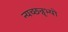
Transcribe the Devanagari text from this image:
न्यच्छन्नृभ्यो